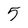
Character: 5